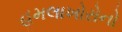
હૂમલાખોરોનો